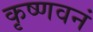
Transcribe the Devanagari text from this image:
कृष्णवनं